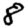
Digit: 8